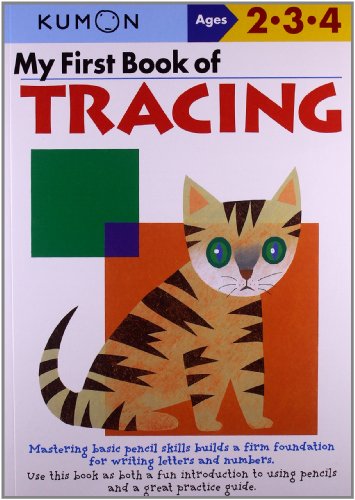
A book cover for My First Book Of Tracing (Kumon Workbooks); Shinobu Akaishi; Test Preparation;